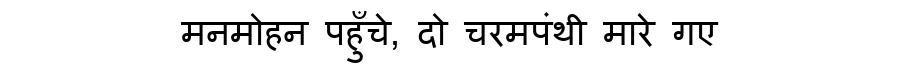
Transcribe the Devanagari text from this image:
मनमोहन पहुँचे, दो चरमपंथी मारे गए